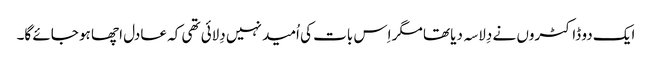
ایک دو ڈاکٹروں نے دِلاسہ دیا تھا مگر اِس بات کی اُمید نہیں دِلائی تھی کہ عادل اچھا ہو جائے گا۔